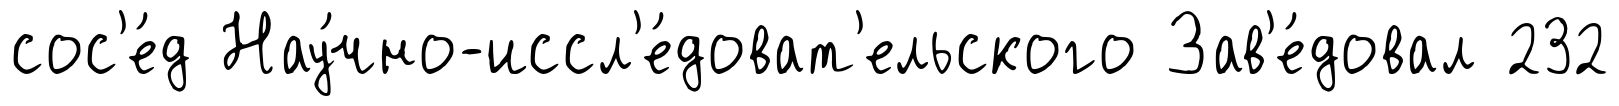
сос'е́д Нау́чно-иссл'е́доват'ельского Зав'е́довал 232